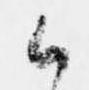
候